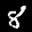
Label: 8